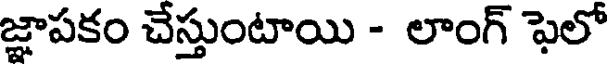
జ్ఞాపకం చేస్తుంటాయి - లాంగ్ ఫెలో